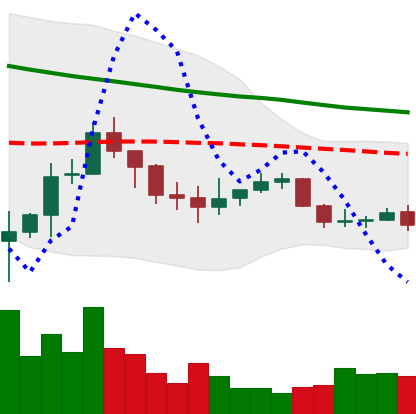
Ticker: ADA-USD
Chart end date: 2019-12-14
Forward return: -8.719%
Label: down_7plus